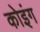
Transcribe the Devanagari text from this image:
कोइंग